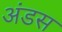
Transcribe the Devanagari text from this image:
अंडस